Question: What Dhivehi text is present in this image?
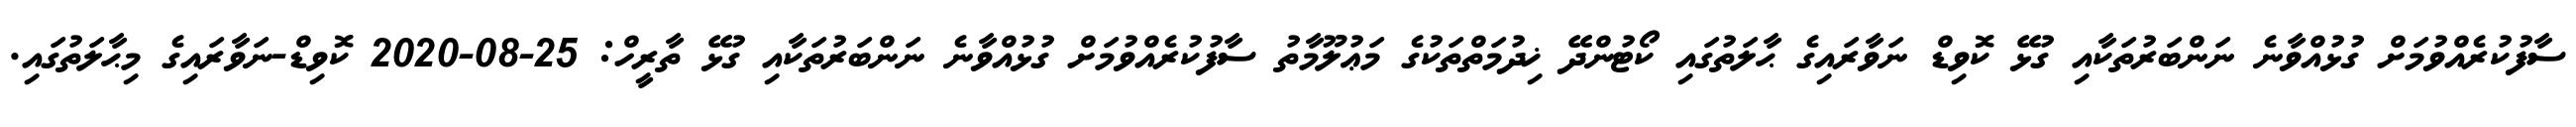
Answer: ސާފުކުރެއްވުމަށް ގުޅުއްވާނެ ނަންބަރުތަކާއި ގުޅޭ ކޮވިޑް ނަވާރައިގެ ޙާލަތުގައި ކޯޓުންދޭ ޚިދުމަތްތަކުގެ މަޢުލޫމާތު ސާފުކުރެއްވުމަށް ގުޅުއްވާނެ ނަންބަރުތަކާއި ގުޅޭ ތާރީހް: 25-08-2020 ކޮވިޑް-ނަވާރައިގެ މިޙާލަތުގައި.